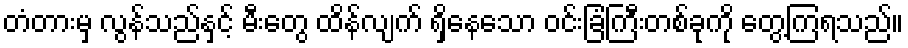
တံတားမှ လွန်သည်နှင့် မီးတွေ ထိန်လျက် ရှိနေသော ဝင်းခြံကြီးတစ်ခုကို တွေ့ကြရသည်။